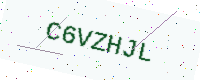
Text: C6VZHJL